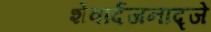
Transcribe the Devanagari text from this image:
शेवार्दजनाद्जे